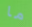
ما